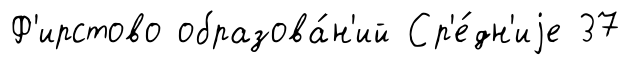
Ф'ирстово образова́н'ий Ср'е́дн'иjе 37